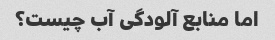
اما منابع آلودگی آب چیست؟